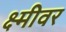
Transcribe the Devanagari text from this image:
क्ष्मीवर